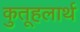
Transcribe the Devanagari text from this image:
कुतूहलार्थ